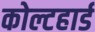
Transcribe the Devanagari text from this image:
कोल्टहार्ड